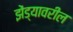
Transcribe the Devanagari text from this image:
झेंड्यावरील